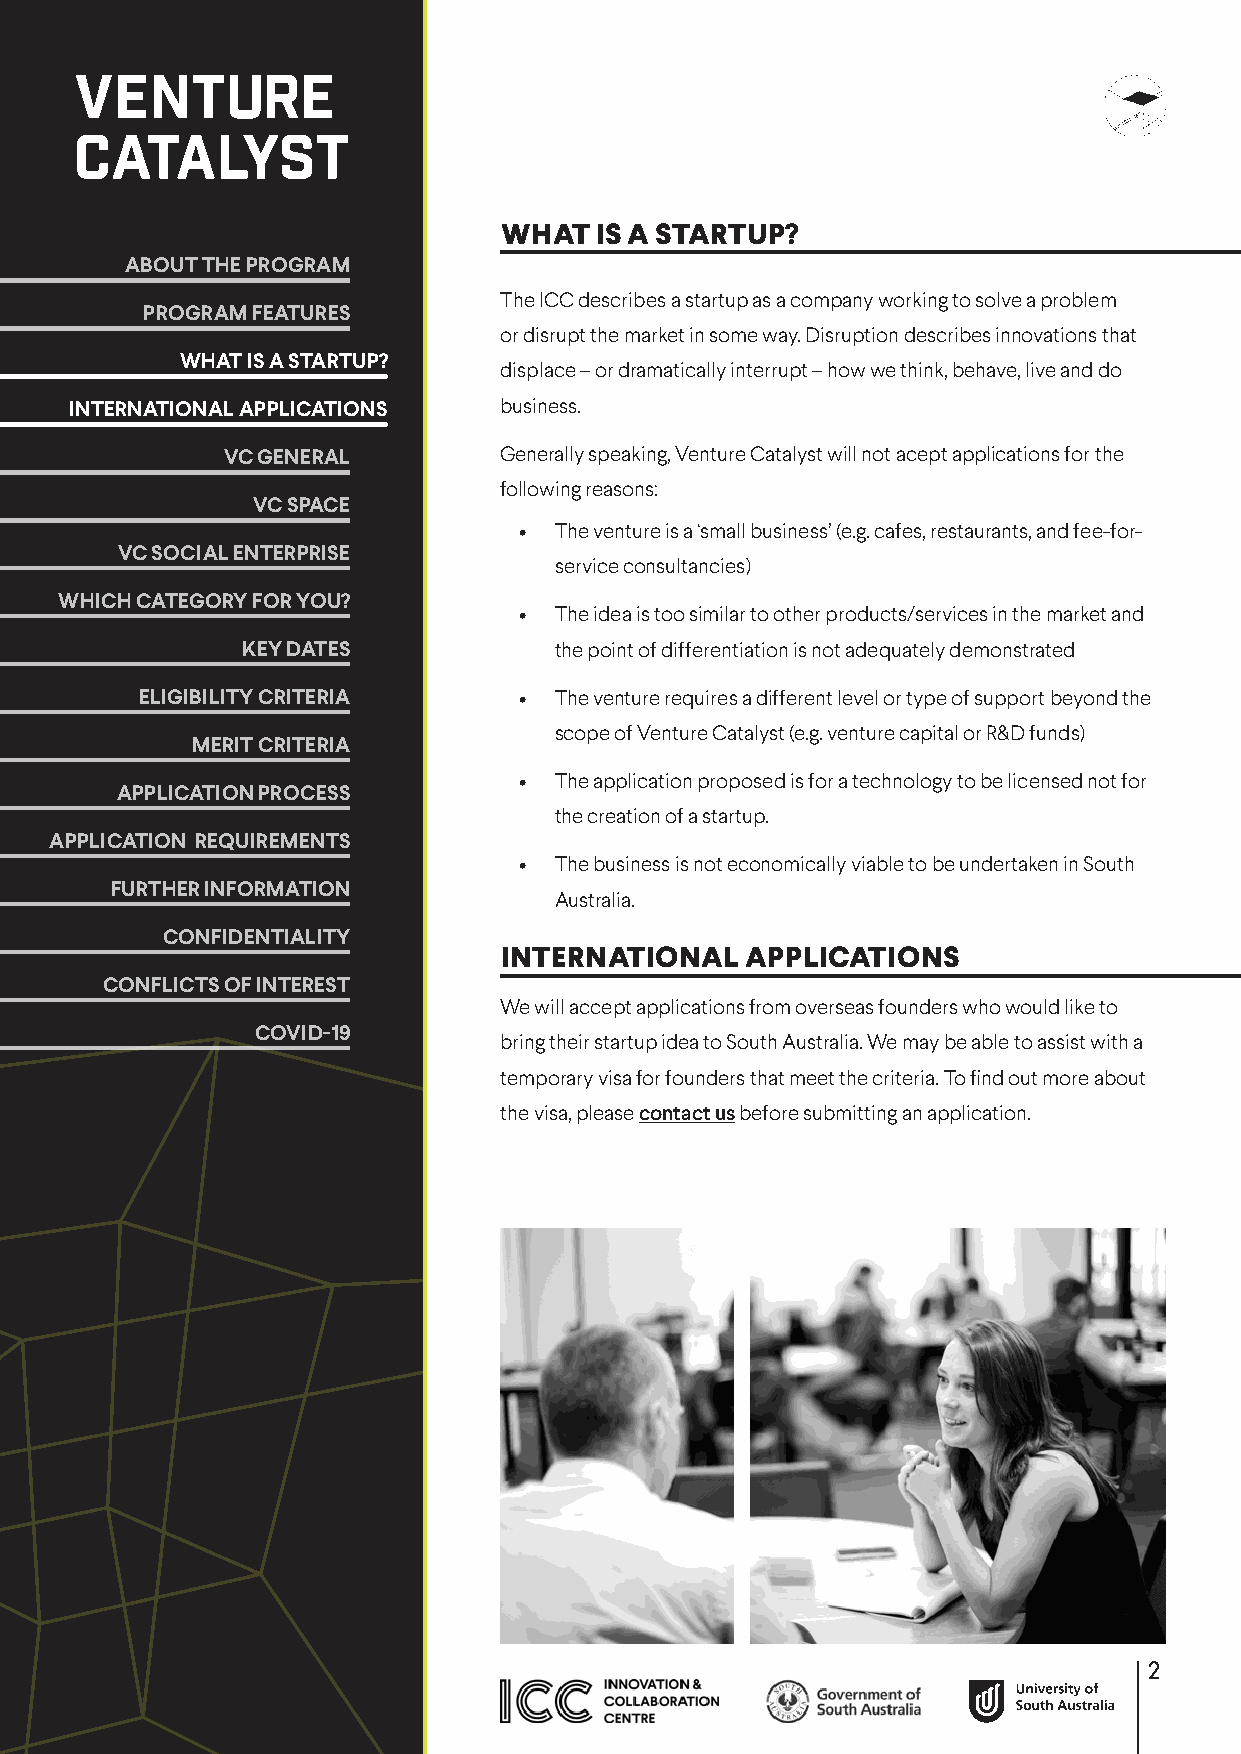
WHAT  IS A STARTUP?
 ABOUT THE PROGRAM
 The ICC describes a startup as a company working to solve a problem
 PROGRAM FEATURES
 or disrupt the market in some way. Disruption describes innovations that
 WHAT IS A STARTUP?
 displace – or dramatically interrupt – how we think, behave, live and do
 INTERNATIONAL APPLICATIONS  business.
 VC GENERAL        Generally speaking, Venture Catalyst will not acept applications for the
 following reasons:
 VC SPACE
 •  The venture is a ‘small business’ (e.g. cafes, restaurants, and fee-for-
 VC SOCIAL ENTERPRISE
 service consultancies)
 WHICH CATEGORY FOR YOU?
 •  The idea is too similar to other products/services in the market and
 KEY DATES            the point of differentiation is not adequately demonstrated
 ELIGIBILITY CRITERIA     •  The venture requires a different level or type of support beyond the
 scope of Venture Catalyst (e.g. venture capital or R&D funds)
 MERIT CRITERIA
 •  The application proposed is for a technology to be licensed not for
 APPLICATION PROCESS
 the creation of a startup.
 APPLICATION REQUIREMENTS
 •  The business is not economically viable to be undertaken in South
 FURTHER INFORMATION
 Australia.
 CONFIDENTIALITY
 INTERNATIONAL   APPLICATIONS
 CONFLICTS OF INTEREST
 We will accept applications from overseas founders who would like to
 COVID-19
 bring their startup idea to South Australia. We may be able to assist with a
 temporary visa for founders that meet the criteria. To find out more about
 the visa, please contact us before submitting an application.
 2